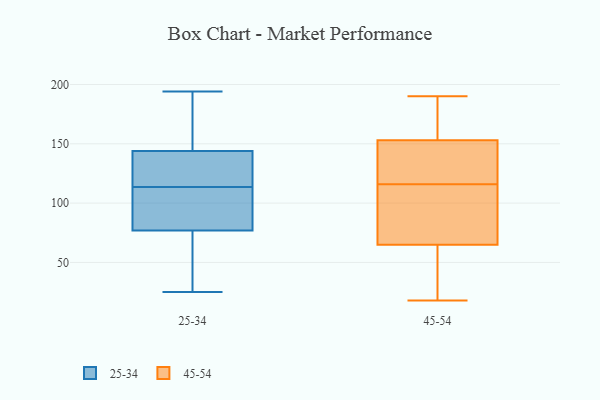
{"axis": {"x": "Energy Usage (MWh)", "y": "Value"}, "legend": ["25-34", "45-54"], "data": [{"x": "", "y": 81, "type": "25-34"}, {"x": "", "y": 25, "type": "25-34"}, {"x": "", "y": 124, "type": "25-34"}, {"x": "", "y": 161, "type": "25-34"}, {"x": "", "y": 122, "type": "25-34"}, {"x": "", "y": 69, "type": "25-34"}, {"x": "", "y": 88, "type": "25-34"}, {"x": "", "y": 77, "type": "25-34"}, {"x": "", "y": 72, "type": "25-34"}, {"x": "", "y": 144, "type": "25-34"}, {"x": "", "y": 154, "type": "25-34"}, {"x": "", "y": 180, "type": "25-34"}, {"x": "", "y": 127, "type": "25-34"}, {"x": "", "y": 102, "type": "25-34"}, {"x": "", "y": 194, "type": "25-34"}, {"x": "", "y": 50, "type": "25-34"}, {"x": "", "y": 113, "type": "25-34"}, {"x": "", "y": 114, "type": "25-34"}, {"x": "", "y": 145, "type": "45-54"}, {"x": "", "y": 97, "type": "45-54"}, {"x": "", "y": 135, "type": "45-54"}, {"x": "", "y": 137, "type": "45-54"}, {"x": "", "y": 163, "type": "45-54"}, {"x": "", "y": 190, "type": "45-54"}, {"x": "", "y": 18, "type": "45-54"}, {"x": "", "y": 49, "type": "45-54"}, {"x": "", "y": 58, "type": "45-54"}, {"x": "", "y": 165, "type": "45-54"}, {"x": "", "y": 72, "type": "45-54"}, {"x": "", "y": 170, "type": "45-54"}, {"x": "", "y": 79, "type": "45-54"}, {"x": "", "y": 78, "type": "45-54"}, {"x": "", "y": 27, "type": "45-54"}, {"x": "", "y": 144, "type": "45-54"}, {"x": "", "y": 157, "type": "45-54"}, {"x": "", "y": 41, "type": "45-54"}, {"x": "", "y": 149, "type": "45-54"}, {"x": "", "y": 78, "type": "45-54"}]}